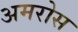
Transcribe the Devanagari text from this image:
अमरोस